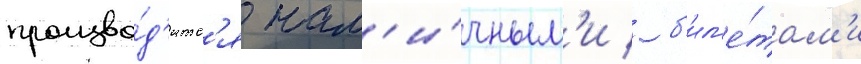
произво́д'итс'я нал'и́чным'и / б'ил'е́там'и